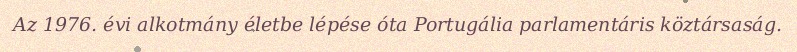
Az 1976. évi alkotmány életbe lépése óta Portugália parlamentáris köztársaság.